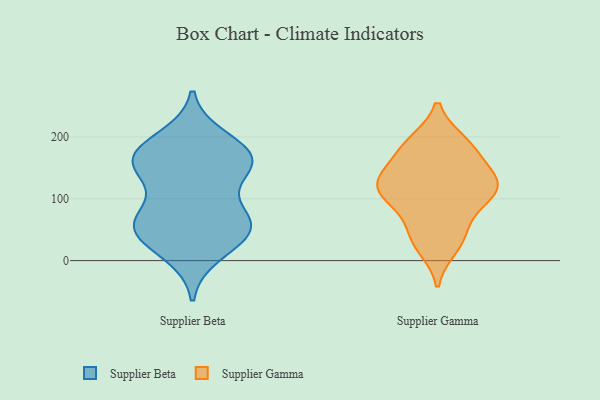
{"axis": {"x": "Production Output", "y": "Value"}, "legend": ["Supplier Beta", "Supplier Gamma"], "data": [{"x": "", "y": 142, "type": "Supplier Beta"}, {"x": "", "y": 64, "type": "Supplier Beta"}, {"x": "", "y": 67, "type": "Supplier Beta"}, {"x": "", "y": 53, "type": "Supplier Beta"}, {"x": "", "y": 157, "type": "Supplier Beta"}, {"x": "", "y": 171, "type": "Supplier Beta"}, {"x": "", "y": 56, "type": "Supplier Beta"}, {"x": "", "y": 37, "type": "Supplier Beta"}, {"x": "", "y": 160, "type": "Supplier Beta"}, {"x": "", "y": 196, "type": "Supplier Beta"}, {"x": "", "y": 64, "type": "Supplier Beta"}, {"x": "", "y": 168, "type": "Supplier Beta"}, {"x": "", "y": 13, "type": "Supplier Beta"}, {"x": "", "y": 162, "type": "Supplier Beta"}, {"x": "", "y": 109, "type": "Supplier Gamma"}, {"x": "", "y": 110, "type": "Supplier Gamma"}, {"x": "", "y": 128, "type": "Supplier Gamma"}, {"x": "", "y": 35, "type": "Supplier Gamma"}, {"x": "", "y": 182, "type": "Supplier Gamma"}, {"x": "", "y": 105, "type": "Supplier Gamma"}, {"x": "", "y": 191, "type": "Supplier Gamma"}, {"x": "", "y": 126, "type": "Supplier Gamma"}, {"x": "", "y": 132, "type": "Supplier Gamma"}, {"x": "", "y": 22, "type": "Supplier Gamma"}, {"x": "", "y": 163, "type": "Supplier Gamma"}, {"x": "", "y": 126, "type": "Supplier Gamma"}, {"x": "", "y": 189, "type": "Supplier Gamma"}, {"x": "", "y": 79, "type": "Supplier Gamma"}, {"x": "", "y": 46, "type": "Supplier Gamma"}]}